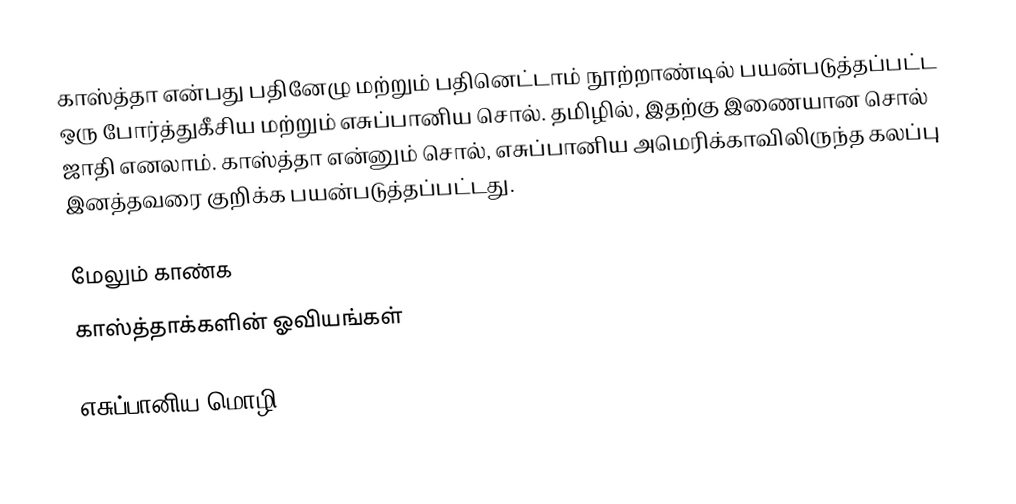
காஸ்த்தா என்பது பதினேழு மற்றும் பதினெட்டாம் நூற்றாண்டில் பயன்படுத்தப்பட்ட ஒரு போர்த்துகீசிய மற்றும் எசுப்பானிய சொல். தமிழில், இதற்கு இணையான சொல் ஜாதி எனலாம். காஸ்த்தா என்னும் சொல், எசுப்பானிய அமெரிக்காவிலிருந்த கலப்பு இனத்தவரை குறிக்க பயன்படுத்தப்பட்டது.

மேலும் காண்க
 காஸ்த்தாக்களின் ஓவியங்கள்

எசுப்பானிய மொழி